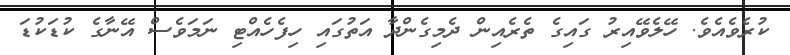
ކުރެވެއެވެ. ހޭލެވޭއިރު ގައިގެ ތެރެއިން ދެމިގެންދާ އަތުގައި ހިފެހެއްޓި ނަމަވެސް އޭނާގެ ކުޑަކުޑަ